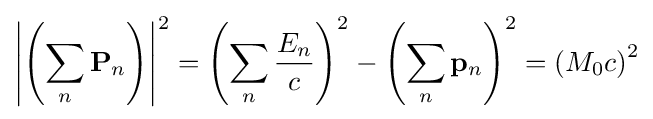
\left|\left(\sum _{n}\mathbf {P} _{n}\right)\right|^{2}=\left(\sum _{n}{\frac {E_{n}}{c}}\right)^{2}-\left(\sum _{n}\mathbf {p} _{n}\right)^{2}=\left(M_{0}c\right)^{2}